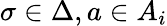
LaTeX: \sigma\in\Delta,a\in A_{i}